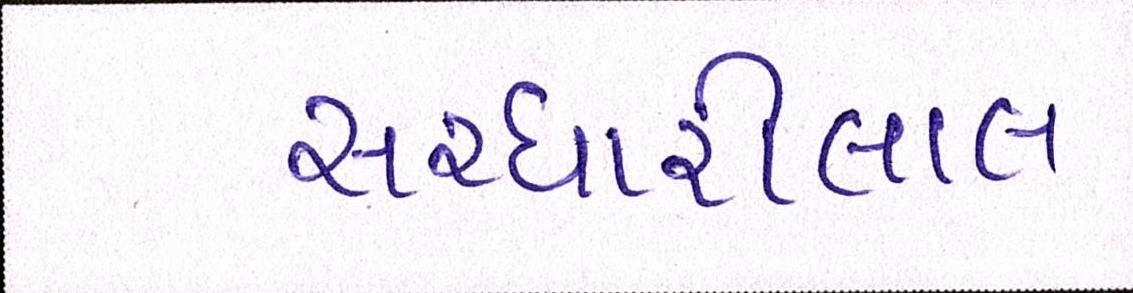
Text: સરધારીલાલ